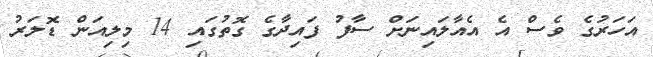
އަހަރުގެ ވެސް އެ އެއާލައިނަށް ސާފު ފައިދާގެ ގޮތުގައި 14 މިލިއަން ޑޮލަރު